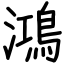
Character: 鴻